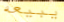
يبيعه